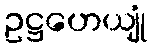
ဥဋ္ဌဟေယျုံ